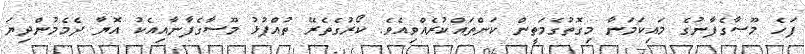
ފަހެ މޫސާގެފާނުގެ މައިކަމަނާ މިގޮތުގެމަތީން ކަންތައްކުރެއްވިއެވެ. ކޯރުގެތެރޭ ތުއްޕުޅު މޫސާގެފާނާއިއެކު އޮޔާ ދެމެމުންދިޔަ